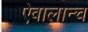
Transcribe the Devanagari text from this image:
ऐवालान्च